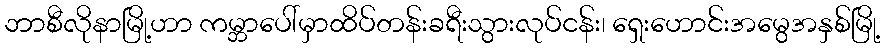
ဘာစီလိုနာမြို့ဟာ ကမ္ဘာပေါ်မှာထိပ်တန်းခရီးသွားလုပ်ငန်း၊ ရှေးဟောင်းအမွေအနှစ်မြို့